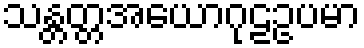
သန္တတ္တအယောဂုဠဥပမာ